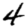
Digit: 4